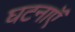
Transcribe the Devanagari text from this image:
घटनाऍँ